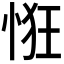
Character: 𢚯